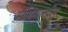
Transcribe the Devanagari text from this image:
आणिमालदीव